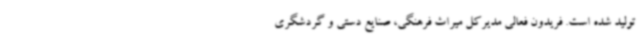
تولید شده است. فریدون فعالی مدیرکل میراث فرهنگی، صنایع دستی و گردشگری